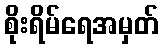
စိုးရိမ်ရေအမှတ်